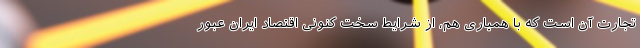
تجارت آن است که با همیاری هم، از شرایط سخت کنونی اقتصاد ایران عبور